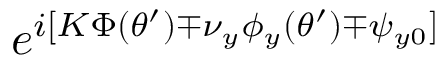
e ^ { i [ K \Phi ( \theta ^ { \prime } ) \mp \nu _ { y } \phi _ { y } ( \theta ^ { \prime } ) \mp \psi _ { y 0 } ] }